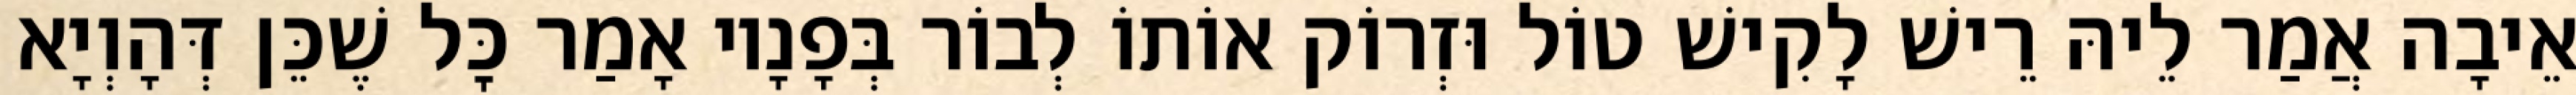
אֵיבָה אֲמַר לֵיהּ רֵישׁ לָקִישׁ טוֹל וּזְרוֹק אוֹתוֹ לְבוֹר בְּפָנָיו אָמַר כׇּל שֶׁכֵּן דְּהָוְיָא